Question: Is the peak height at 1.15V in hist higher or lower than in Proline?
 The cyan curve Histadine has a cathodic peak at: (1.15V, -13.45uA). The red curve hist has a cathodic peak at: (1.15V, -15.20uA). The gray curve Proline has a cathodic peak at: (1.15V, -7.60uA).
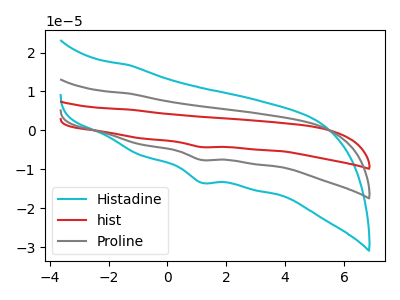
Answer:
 <answer>The peak at 1.15V is higher in "hist" than in "Proline".</answer>
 <eval>higher</eval>